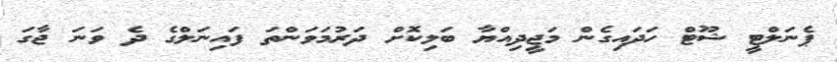
ޕެނަލްޓީ ޝޫޓް ހަދައިގެން މަޖީދިއްޔާ ބަލިކޮށް ދަރުމަވަންތަ ފައިނަލްގެ ދެ ވަނަ ޖާގަ